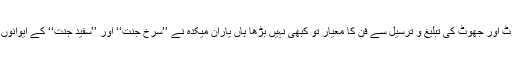
جب کہ سچ یہ ہے کہ جھوٹ اور جھوٹ کی تبلیغ و ترسیل سے فن کا معیار تو کبھی نہیں بڑھا ہاں یارانِ میکدہ نے ’’سرخ جنت‘‘ اور ’’سفید جنت‘‘ کے ایوانوں میں اپنا قد ضرور بڑھا لیا۔